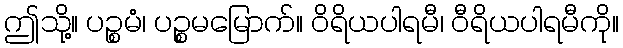
ဤသို့။ ပဉ္စမံ၊ ပဉ္စမမြောက်။ ဝိရိယပါရမီ၊ ဝီရိယပါရမီကို။